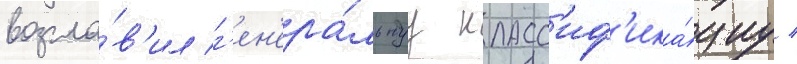
возгла́в'ил г'ен'ера́льнуу класс'иф'ика́циу /